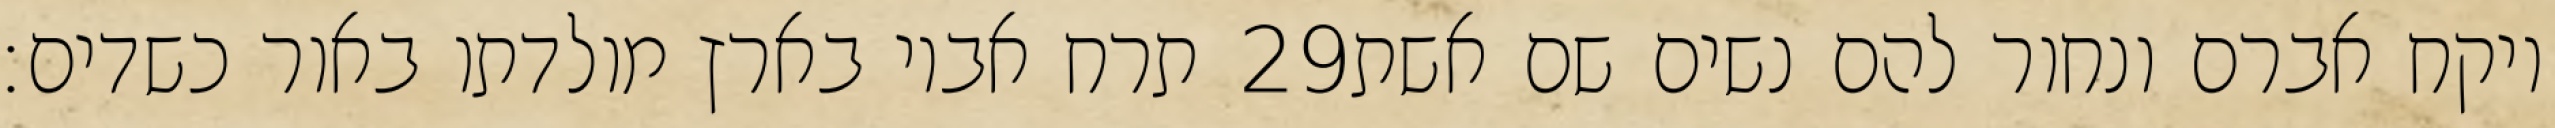
תרח אביו בארץ מולדתו באור כשדים׃ ‎29‏ ויקח אברם ונחור להם נשים שם אשת